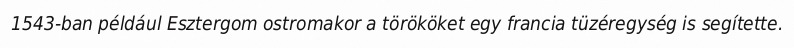
1543-ban például Esztergom ostromakor a törököket egy francia tüzéregység is segítette.